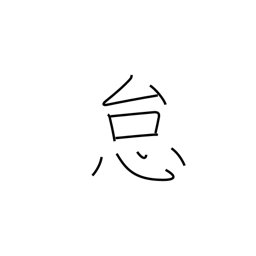
Meaning: laziness